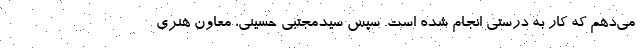
می‌دهم که کار به درستی انجام شده است. سپس سیدمجتبی حسینی، معاون هنری